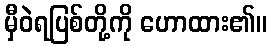
မှီဝဲရပြစ်တို့ကို ဟောထား၏။